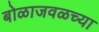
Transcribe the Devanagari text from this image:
बोळाजवळच्या